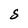
Character: S